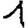
Digit: 1